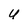
Character: U